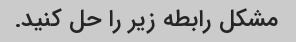
مشکل رابطه زیر را حل کنید.